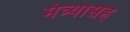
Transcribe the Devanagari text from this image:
मंत्र्यासह